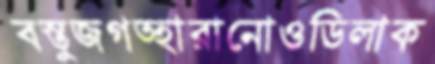
বস্তুজগত্হারানোওডিলাক